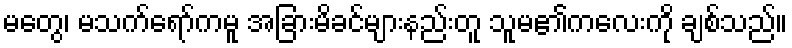
မတွေ၊ မသက်ရော်ကမူ အခြားမိခင်များနည်းတူ သူမ၏ကလေးကို ချစ်သည်။